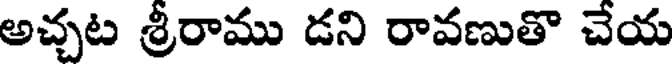
అచ్చట శ్రీరాము డని రావణుతొ చేయ